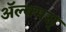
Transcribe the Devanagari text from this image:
अॅल्बमस्